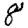
Digit: 8